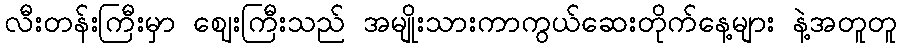
လီးတန်းကြီးမှာ ဈေးကြီးသည် အမျိုးသားကာကွယ်ဆေးတိုက်နေ့များ နဲ့အတူတူ